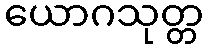
ယောဂသုတ္တ